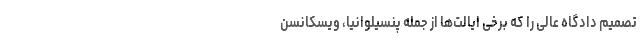
تصمیم دادگاه عالی را که برخی ایالت‌ها از جمله پنسیلوانیا، ویسکانسن